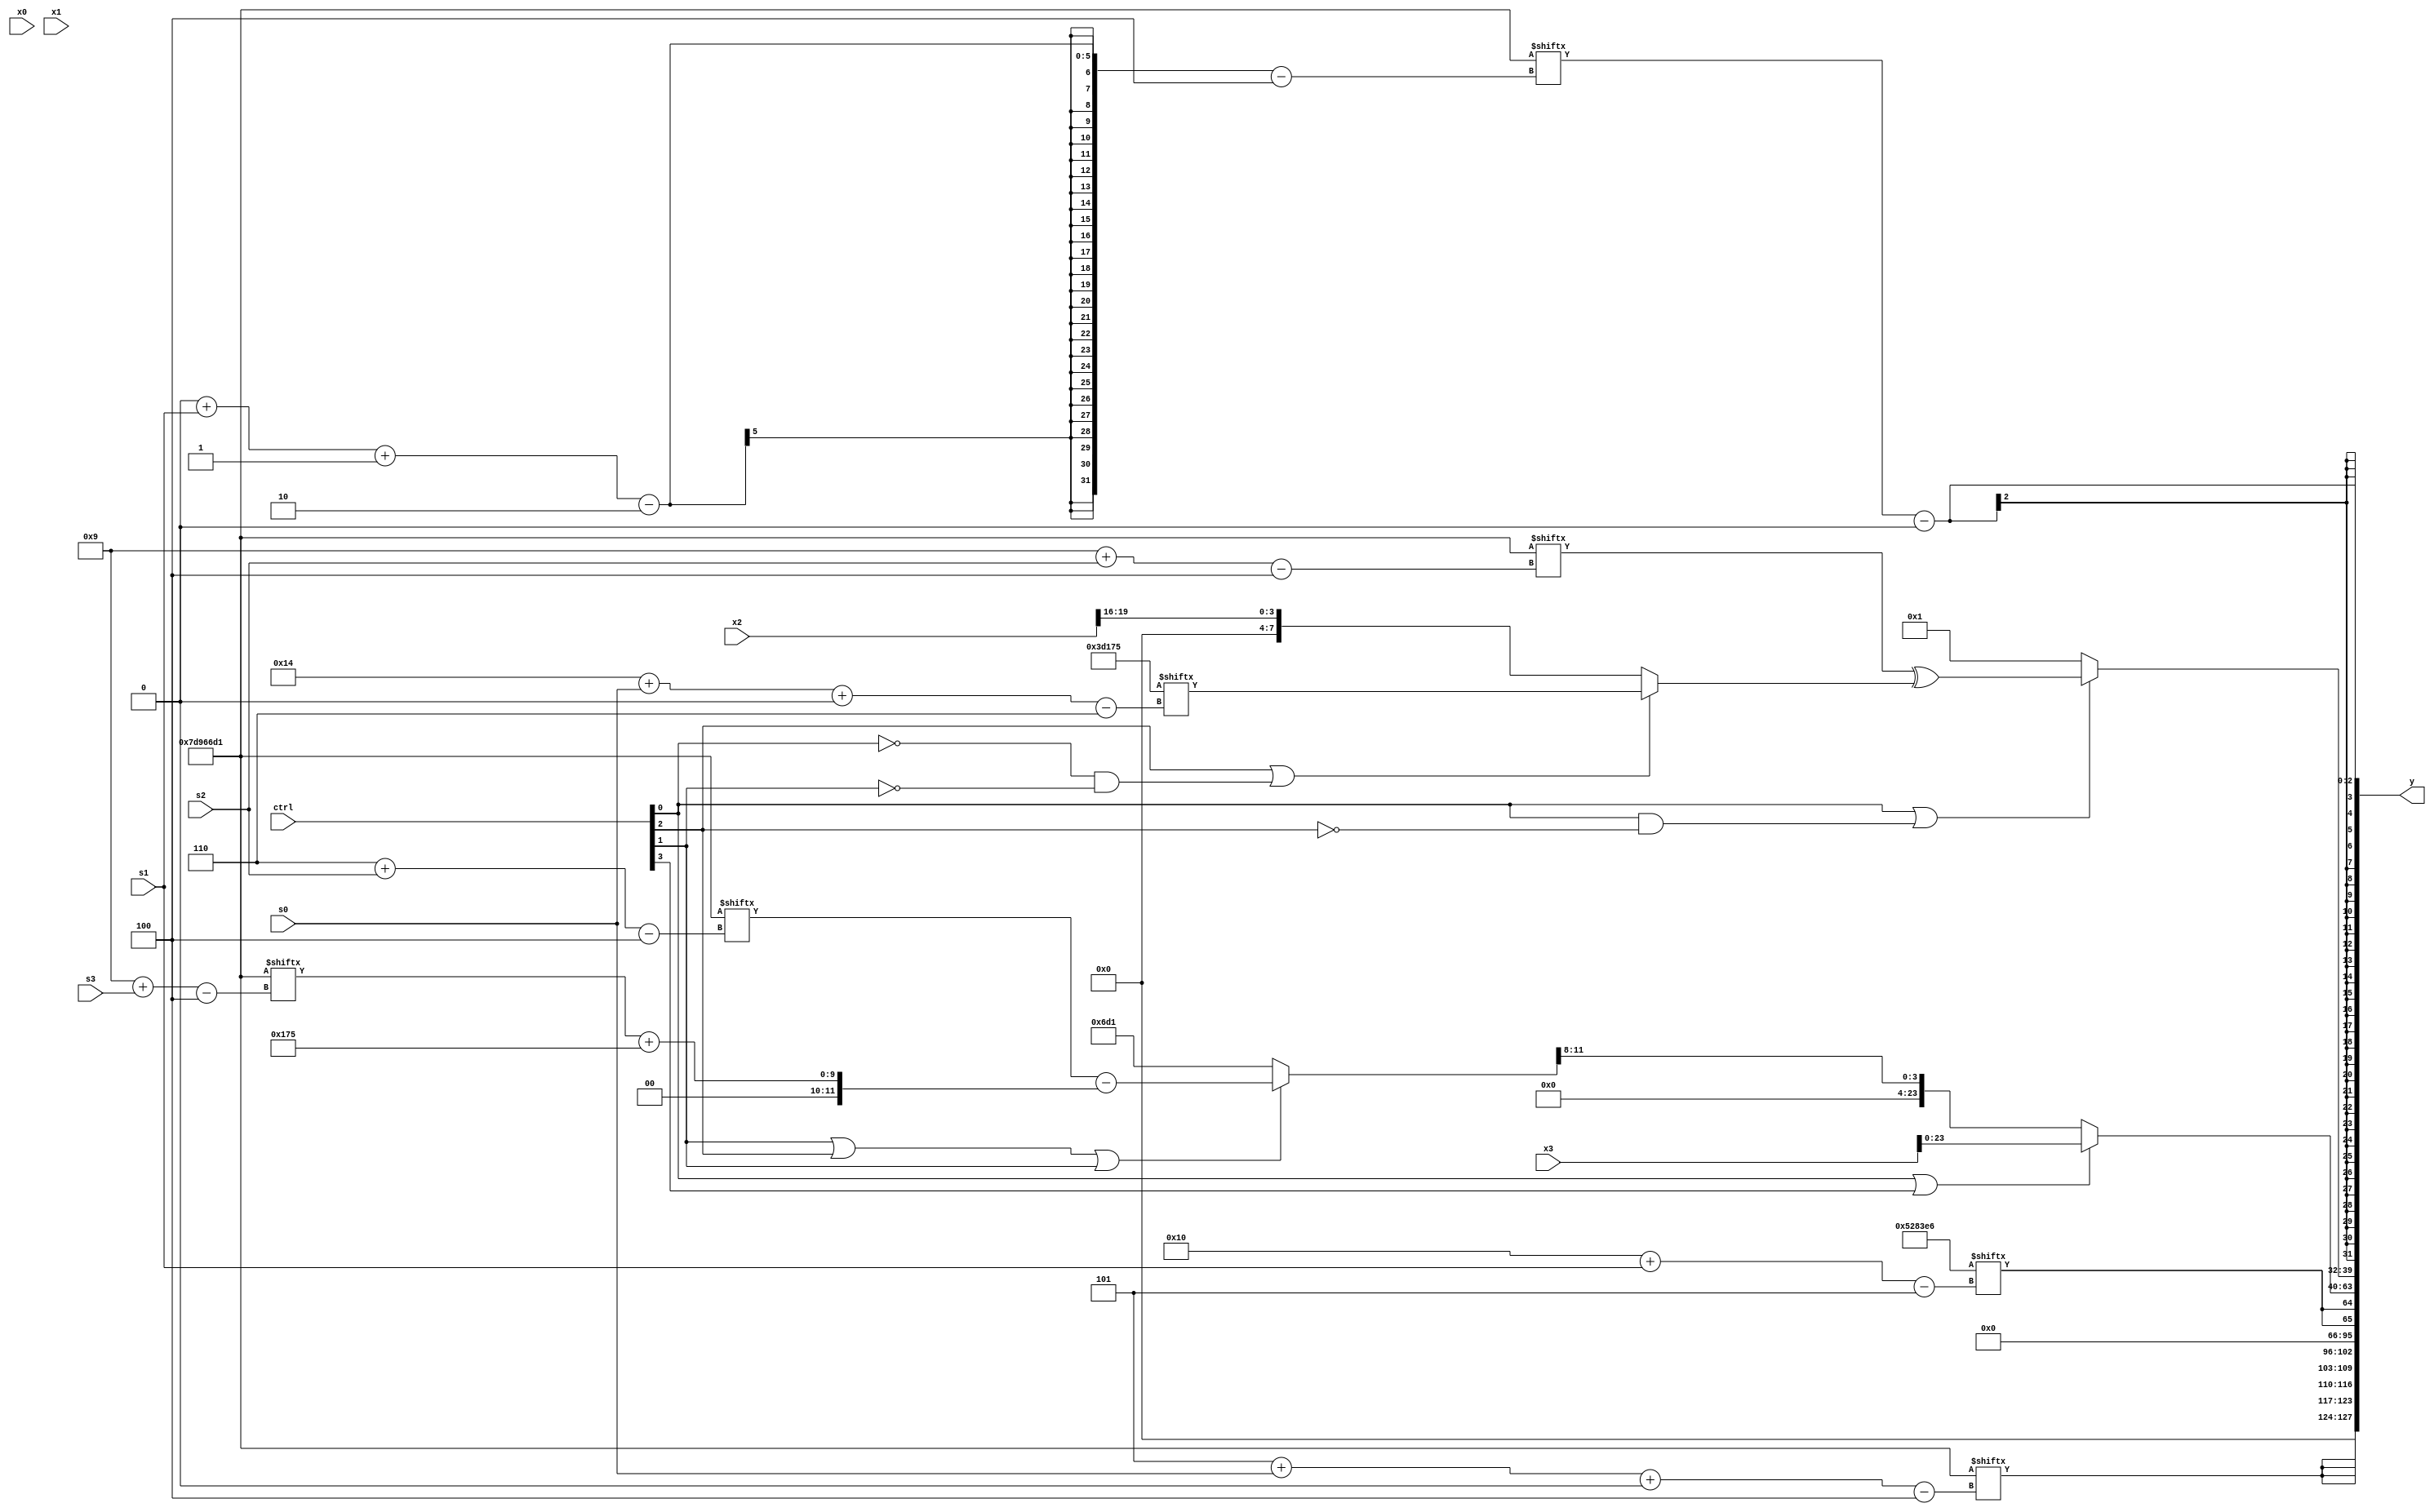
module partsel_00998(ctrl, s0, s1, s2, s3, x0, x1, x2, x3, y);
  input [3:0] ctrl;
  input [2:0] s0;
  input [2:0] s1;
  input [2:0] s2;
  input [2:0] s3;
  input [31:0] x0;
  input [31:0] x1;
  input signed [31:0] x2;
  input [31:0] x3;
  wire [24:3] x4;
  wire [31:1] x5;
  wire [27:6] x6;
  wire signed [7:28] x7;
  wire [28:4] x8;
  wire signed [0:29] x9;
  wire [29:5] x10;
  wire signed [31:4] x11;
  wire signed [1:24] x12;
  wire [3:25] x13;
  wire [6:28] x14;
  wire signed [3:29] x15;
  output [127:0] y;
  wire [31:0] y0;
  wire signed [31:0] y1;
  wire signed [31:0] y2;
  wire signed [31:0] y3;
  assign y = {y0,y1,y2,y3};
  localparam [24:6] p0 = 586404213;
  localparam signed [27:5] p1 = 265454566;
  localparam [31:0] p2 = 104888900;
  localparam [31:4] p3 = 400123601;
  assign x4 = p0[19 + s0];
  assign x5 = p3[15 -: 4];
  assign x6 = p2[12 + s0 -: 6];
  assign x7 = (p3[6 + s2] - (p3[9 + s3] + p0));
  assign x8 = (p2[19 -: 2] & x2);
  assign x9 = {2{x0}};
  assign x10 = p1;
  assign x11 = p3;
  assign x12 = (ctrl[1] || ctrl[2] || ctrl[1] ? x7 : p3);
  assign x13 = p1[3 + s2 -: 2];
  assign x14 = x3[23];
  assign x15 = {2{({2{p0[20 -: 1]}} | {(x12 & {p0[4 + s3], x5[1 + s1 -: 8]}), p2[16]})}};
  assign y0 = {2{{2{p3[5 + s0 +: 7]}}}};
  assign y1 = {2{p1[16 + s1]}};
  assign y2 = {{2{{2{(ctrl[0] || ctrl[0] || ctrl[3] ? x3 : x12[16 -: 4])}}}}, (ctrl[0] || ctrl[0] && !ctrl[2] ? (x11[9 + s2] ^ (ctrl[2] || !ctrl[0] && !ctrl[1] ? p0[20 + s0 +: 8] : x2[19 -: 4])) : p0[12 +: 1])};
  assign y3 = (p3[0 + s1 -: 2] - {2{{2{x14[13]}}}});
endmodule